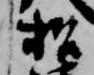
招